Report of the King Institute of Preventive Medicine, Guindy
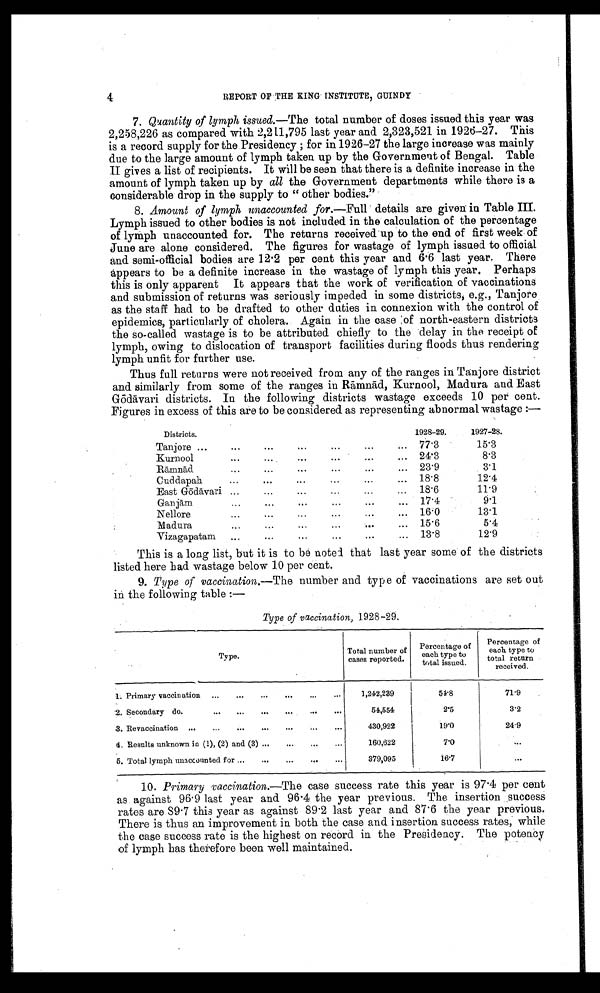
4
REPORT OF THE KING . INSTITUTE, GUINDY
7. Quantity of lymph issued. —The total number of doses issued this year was
2,258,226 as compared with 2,211,795 last year and 2,323,521 in 1926-27. This
is a record supply for the Presidency ; for in 1926-27 the large increase was mainly
due to the large amount of lymph taken up by the Government of Bengal. Table
II gives a list of recipients. It will be seen that there is a definite increase in the
amount of lymph taken up by all the Government departments while there is a
considerable drop in the supply to "other bodies."
8. Amount of lymph unaccounted for. —Full details are given in Table III.
Lymph issued to other bodies is not included in the calculation of the percentage
of lymph unaccounted for. The returns received up to the end of first week of
June are alone considered. The figures for wastage of lymph issued to official
and semi-official bodies are 12.2 per cent this year and 6.6 last year. There
appears to be a definite increase in the wastage of lymph this year. Perhaps
this is only apparent It appears that the work of verification of vaccinations
and submission of returns was seriously impeded in some districts, e.g., Tanjore
as the staff had to be drafted to other duties in connexion with the control of
epidemics, particularly of cholera. Again in the case of north-eastern districts
the so-called wastage is to be attributed chiefly to the delay in the receipt of
lymph, owing to dislocation of transport facilities during floods thus rendering
lymph unfit for further use.
Thus full returns were not received from any of the ranges in Tanjore district
and similarly from some of the ranges in Rāmnād, Kurnool, Madura and East
Gō dāvari districts. In the following districts wastage exceeds 10 pet cent.
Figures in excess of this are to be considered as representing abnormal wastage:—
Districts.
1928-29.
1927-28.
...
Tanjore ...
...
...
...
...
... 77.3
15.3
Kurnool
...
...
...
... 24.3
8.3
Rāmnād
...
...
...
...
...
... 23.9
3.1
Cuddapah...
...
...
. . .
18.8
12.4
East Gō dāvari ...
...
...
...
... 18.6
11.9
Ganjām
...
...
...
...
... 17.4
9.1
Nellore... ...
...
...
...
16.0
13.1
Madura...
...
...
1 5 . 6
5.4
Vizagapatam
...
...
...
... 13.8
12.9
This is a long list, but it is to be noted that last year some of the districts
listed here had wastage below 10 per cent.
9. Type of vaccination.—The number and type of vaccinations are set out
in the following table:—
Type of vaccination, 1928-29.
Type
Total number of
cases reported.
Percentage of
each type to
total issued.
Percentage of
each type to
total return
received.
1. Primary vaccination
...
..
...
...
...
...
1,242,239
54.8
71.9
2. Secondary do.
...
...
...
...
. . .
54,554
2.5
3.2
3. Revaccination ...
...
...
...
. . .
. . .
430,922
19.0
24.9
4. Results unknown in (1), (2) and (3) ...
...
...
...
160,622
7.0
...
5. Total lymph unaccounted for ...
...
...
...
.
379,095
16.7
. . .
10. Primary vaccination. —The case success rate this year is 97.4 per cent
as against 96.9 last year and 96.4 the year previous. The insertion success
rates are 89.7 this year as against 89.2 last year and 87.6 the year previous.
There is thus an improvement in both the case and insertion success rates, while
the case success rate is the highest on record in the Presidency. The potency
of lymph has therefore been well maintained.